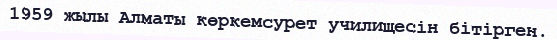
1959 жылы Алматы көркемсурет училищесін бітірген.